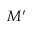
M ^ { \prime }